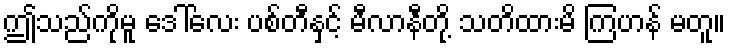
ဤသည်ကိုမူ ဒေါ်လေး ပစ်တီနှင့် မီလာနီတို့ သတိထားမိ ကြဟန် မတူ။